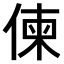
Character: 𠋖